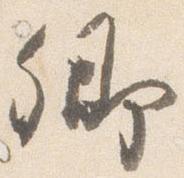
卿